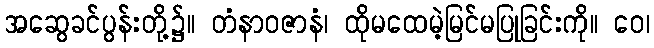
အဆွေခင်ပွန်းတို့၌။ တံနာဝဇာနံ၊ ထိုမထေမဲ့မြင်မပြုခြင်းကို။ ဝေ၊